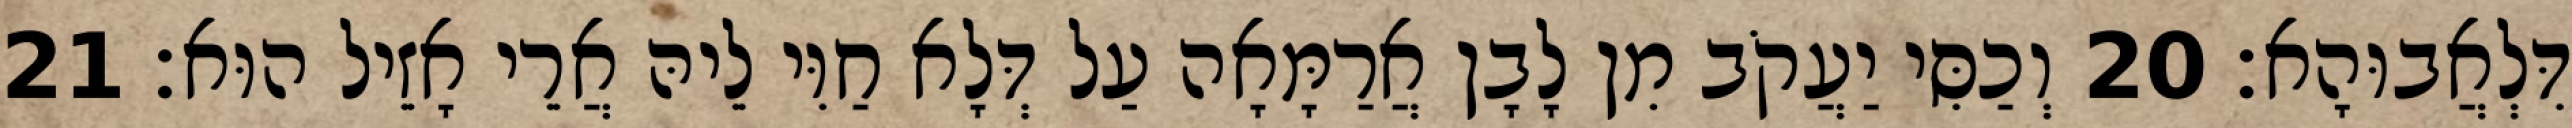
דִּלְאֲבוּהָא׃ 20 וְכַסִּי יַעֲקֹב מִן לָבָן אֲרַמָּאָה עַל דְּלָא חַוִּי לֵיהּ אֲרֵי אָזֵיל הוּא׃ 21